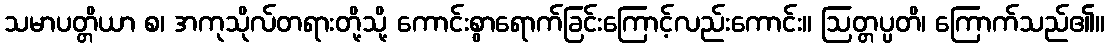
သမာပတ္တိယာ စ၊ အကုသိုလ်တရားတို့သို့ ကောင်းစွာရောက်ခြင်းကြောင့်လည်းကောင်း။ ဩတ္တပ္ပတိ၊ ကြောက်သည်၏။